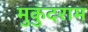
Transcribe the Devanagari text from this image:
मुकुंदराम